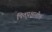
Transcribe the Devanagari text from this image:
पितृपक्षातील